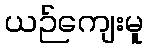
ယဉ်ကျေးမူ